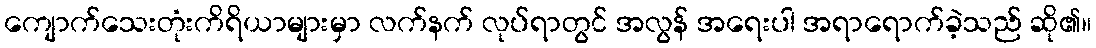
ကျောက်သေးတုံးကိရိယာများမှာ လက်နက် လုပ်ရာတွင် အလွန် အရေးပါ အရာရောက်ခဲ့သည် ဆို၏။